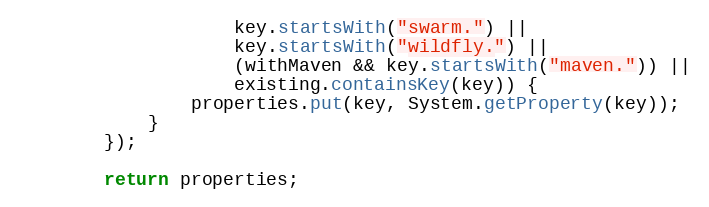
Language: Java
                    key.startsWith("swarm.") ||
                    key.startsWith("wildfly.") ||
                    (withMaven && key.startsWith("maven.")) ||
                    existing.containsKey(key)) {
                properties.put(key, System.getProperty(key));
            }
        });

        return properties;